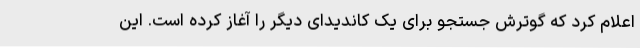
اعلام کرد که گوترش جستجو برای یک کاندیدای دیگر را آغاز کرده است. این